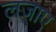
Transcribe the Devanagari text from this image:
लजाए